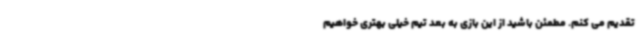
تقدیم می کنم. مطمئن باشید از این بازی به بعد تیم خیلی بهتری خواهیم